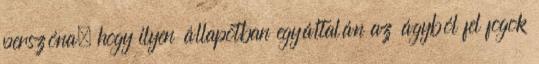
perszóna, hogy ilyen állapotban egyáltalán az ágyból fel fogok